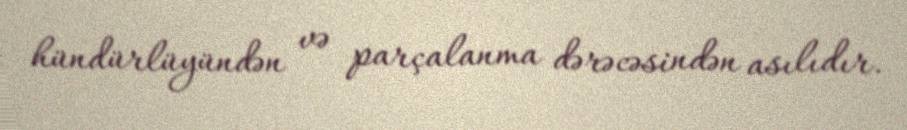
hündürlüyündən və parçalanma dərəcəsindən asılıdır.